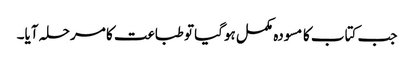
جب کتاب کا مسودہ مکمل ہوگیا تو طباعت کا مرحلہ آیا۔